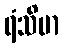
ရံသိမာ